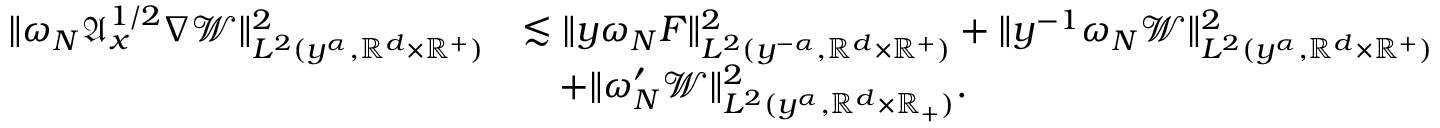
\begin{array} { r l } { \| \omega _ { N } \mathfrak { A } _ { x } ^ { 1 / 2 } \nabla \mathcal { W } \| _ { L ^ { 2 } ( y ^ { \alpha } , \mathbb { R } ^ { d } \times \mathbb { R } ^ { + } ) } ^ { 2 } } & { \lesssim \| y \omega _ { N } F \| _ { L ^ { 2 } ( y ^ { - \alpha } , \mathbb { R } ^ { d } \times \mathbb { R } ^ { + } ) } ^ { 2 } + \| y ^ { - 1 } \omega _ { N } \mathcal { W } \| _ { L ^ { 2 } ( y ^ { \alpha } , \mathbb { R } ^ { d } \times \mathbb { R } ^ { + } ) } ^ { 2 } } \\ & { \quad + \| \omega _ { N } ^ { \prime } \mathcal { W } \| _ { L ^ { 2 } ( y ^ { \alpha } , \mathbb { R } ^ { d } \times \mathbb { R } _ { + } ) } ^ { 2 } . } \end{array}